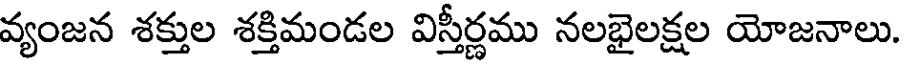
వ్యంజన శక్తుల శక్తిమండల విస్తీర్ణము నలభైలక్షల యోజనాలు.